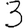
Digit: 3